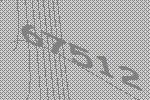
67512